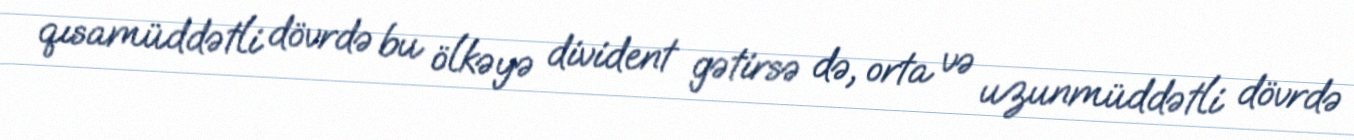
qısamüddətli dövrdə bu ölkəyə divident gətirsə də, orta və uzunmüddətli dövrdə